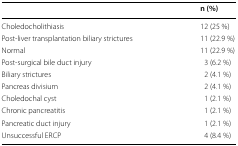
<table><thead><tr><td></td><td><b>n (%)</b></td></tr></thead><tbody><tr><td>Choledocholithiasis</td><td>12 (25 %)</td></tr><tr><td>Post-liver transplantation biliary strictures</td><td>11 (22.9 %)</td></tr><tr><td>Normal</td><td>11 (22.9 %)</td></tr><tr><td>Post-surgical bile duct injury</td><td>3 (6.2 %)</td></tr><tr><td>Biliary strictures</td><td>2 (4.1 %)</td></tr><tr><td>Pancreas divisium</td><td>2 (4.1 %)</td></tr><tr><td>Choledochal cyst</td><td>1 (2.1 %)</td></tr><tr><td>Chronic pancreatitis</td><td>1 (2.1 %)</td></tr><tr><td>Pancreatic duct injury</td><td>1 (2.1 %)</td></tr><tr><td>Unsuccessful ERCP</td><td>4 (8.4 %)</td></tr></tbody></table>